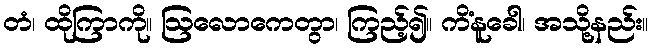
တံ၊ ထိုကြာကို။ ဩလောကေတွာ၊ ကြည့်၍။ ကိံနူခေါ၊ အသို့နည်း။